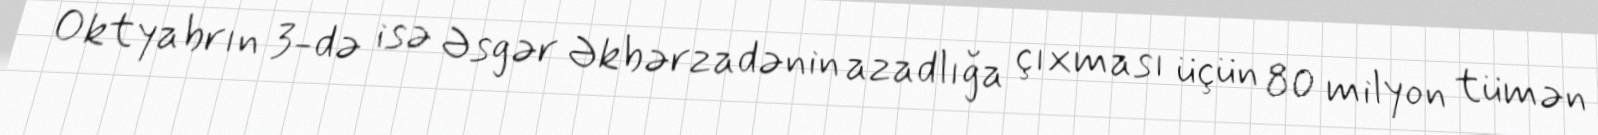
Oktyabrın 3-də isə Əsgər Əkbərzadənin azadlığa çıxması üçün 80 milyon tümən